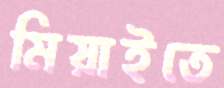
মিয়াইতে